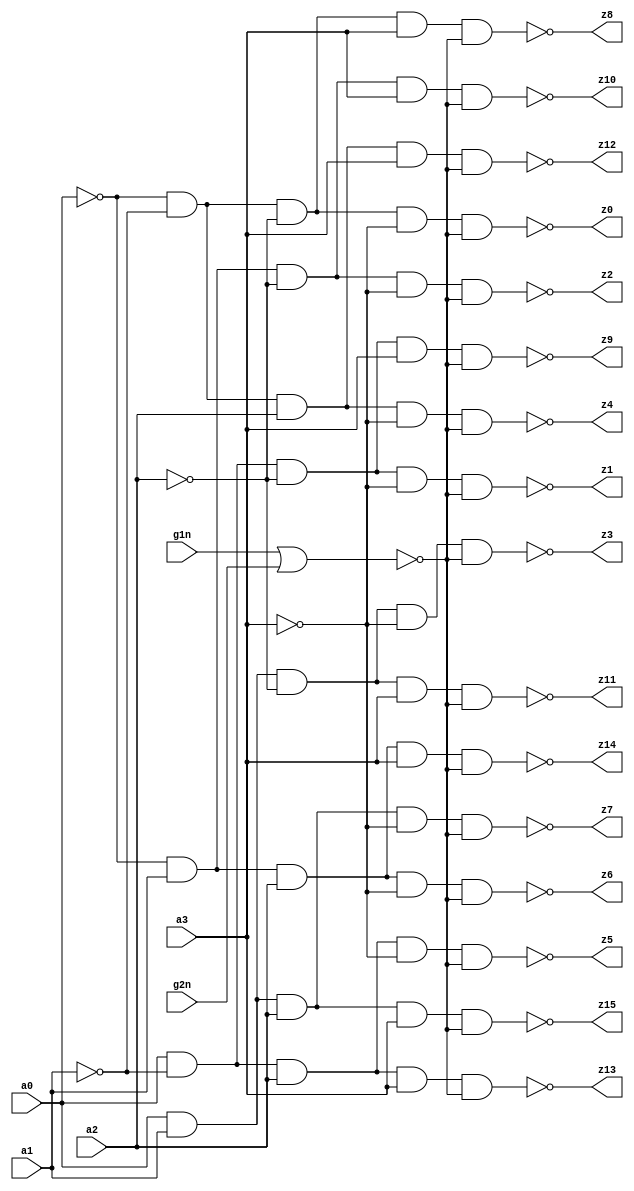
module d416g2l
(
	output		z0,
	output		z1,
	output		z2,
	output		z3,
	output		z4,
	output		z5,
	output		z6,
	output		z7,
	output		z8,
	output		z9,
	output		z10,
	output		z11,
	output		z12,
	output		z13,
	output		z14,
	output		z15,

	input		a0,
	input		a1,
	input		a2,
	input		a3,

	input		g1n,
	input		g2n
);

// from tosh_to_moto.v

wire ab;
wire bb;
wire cb;
wire db;

wire ai;
wire bi;
wire ci;
wire di;

wire gg;

assign ab = ~a0;
assign bb = ~a1;
assign cb = ~a2;
assign db = ~a3;

assign ai = ~ab;
assign bi = ~bb;
assign ci = ~cb;
assign di = ~db;

assign gg = ~(g1n | g2n);

assign z0 = ~(ab & bb & cb & db & gg);
assign z1 = ~(ai & bb & cb & db & gg);
assign z2 = ~(ab & bi & cb & db & gg);
assign z3 = ~(ai & bi & cb & db & gg);
assign z4 = ~(ab & bb & ci & db & gg);
assign z5 = ~(ai & bb & ci & db & gg);
assign z6 = ~(ab & bi & ci & db & gg);
assign z7 = ~(ai & bi & ci & db & gg);
assign z8 = ~(ab & bb & cb & di & gg);
assign z9 = ~(ai & bb & cb & di & gg);
assign z10 = ~(ab & bi & cb & di & gg);
assign z11 = ~(ai & bi & cb & di & gg);
assign z12 = ~(ab & bb & ci & di & gg);
assign z13 = ~(ai & bb & ci & di & gg);
assign z14 = ~(ab & bi & ci & di & gg);
assign z15 = ~(ai & bi & ci & di & gg);

endmodule